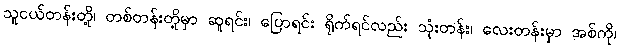
သူငယ်တန်းတို့၊ တစ်တန်းတို့မှာ ဆူရင်း၊ ပြောရင်း ရိုက်ရင်လည်း သုံးတန်း၊ လေးတန်းမှာ အစ်ကို၊